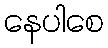
နေပါစေ